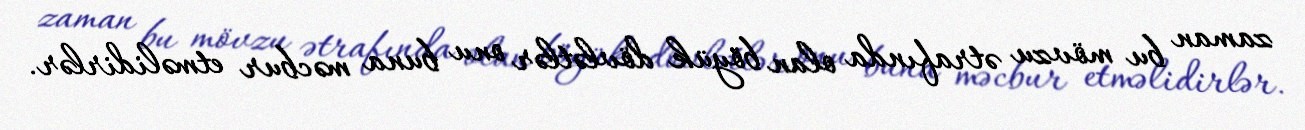
zaman bu mövzu ətrafında olan böyük dövlətlər onu buna məcbur etməlidirlər.